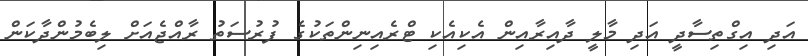
އަދި އިގްތިސާދީ އަދި މާލީ ދާއިރާއިން އެކިއެކި ޓްރެއިނިންތަކުގެ ފުރުސަތު ރާއްޖެއަށް ލިބެމުންދާކަން